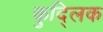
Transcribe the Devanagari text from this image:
कुद्लिक